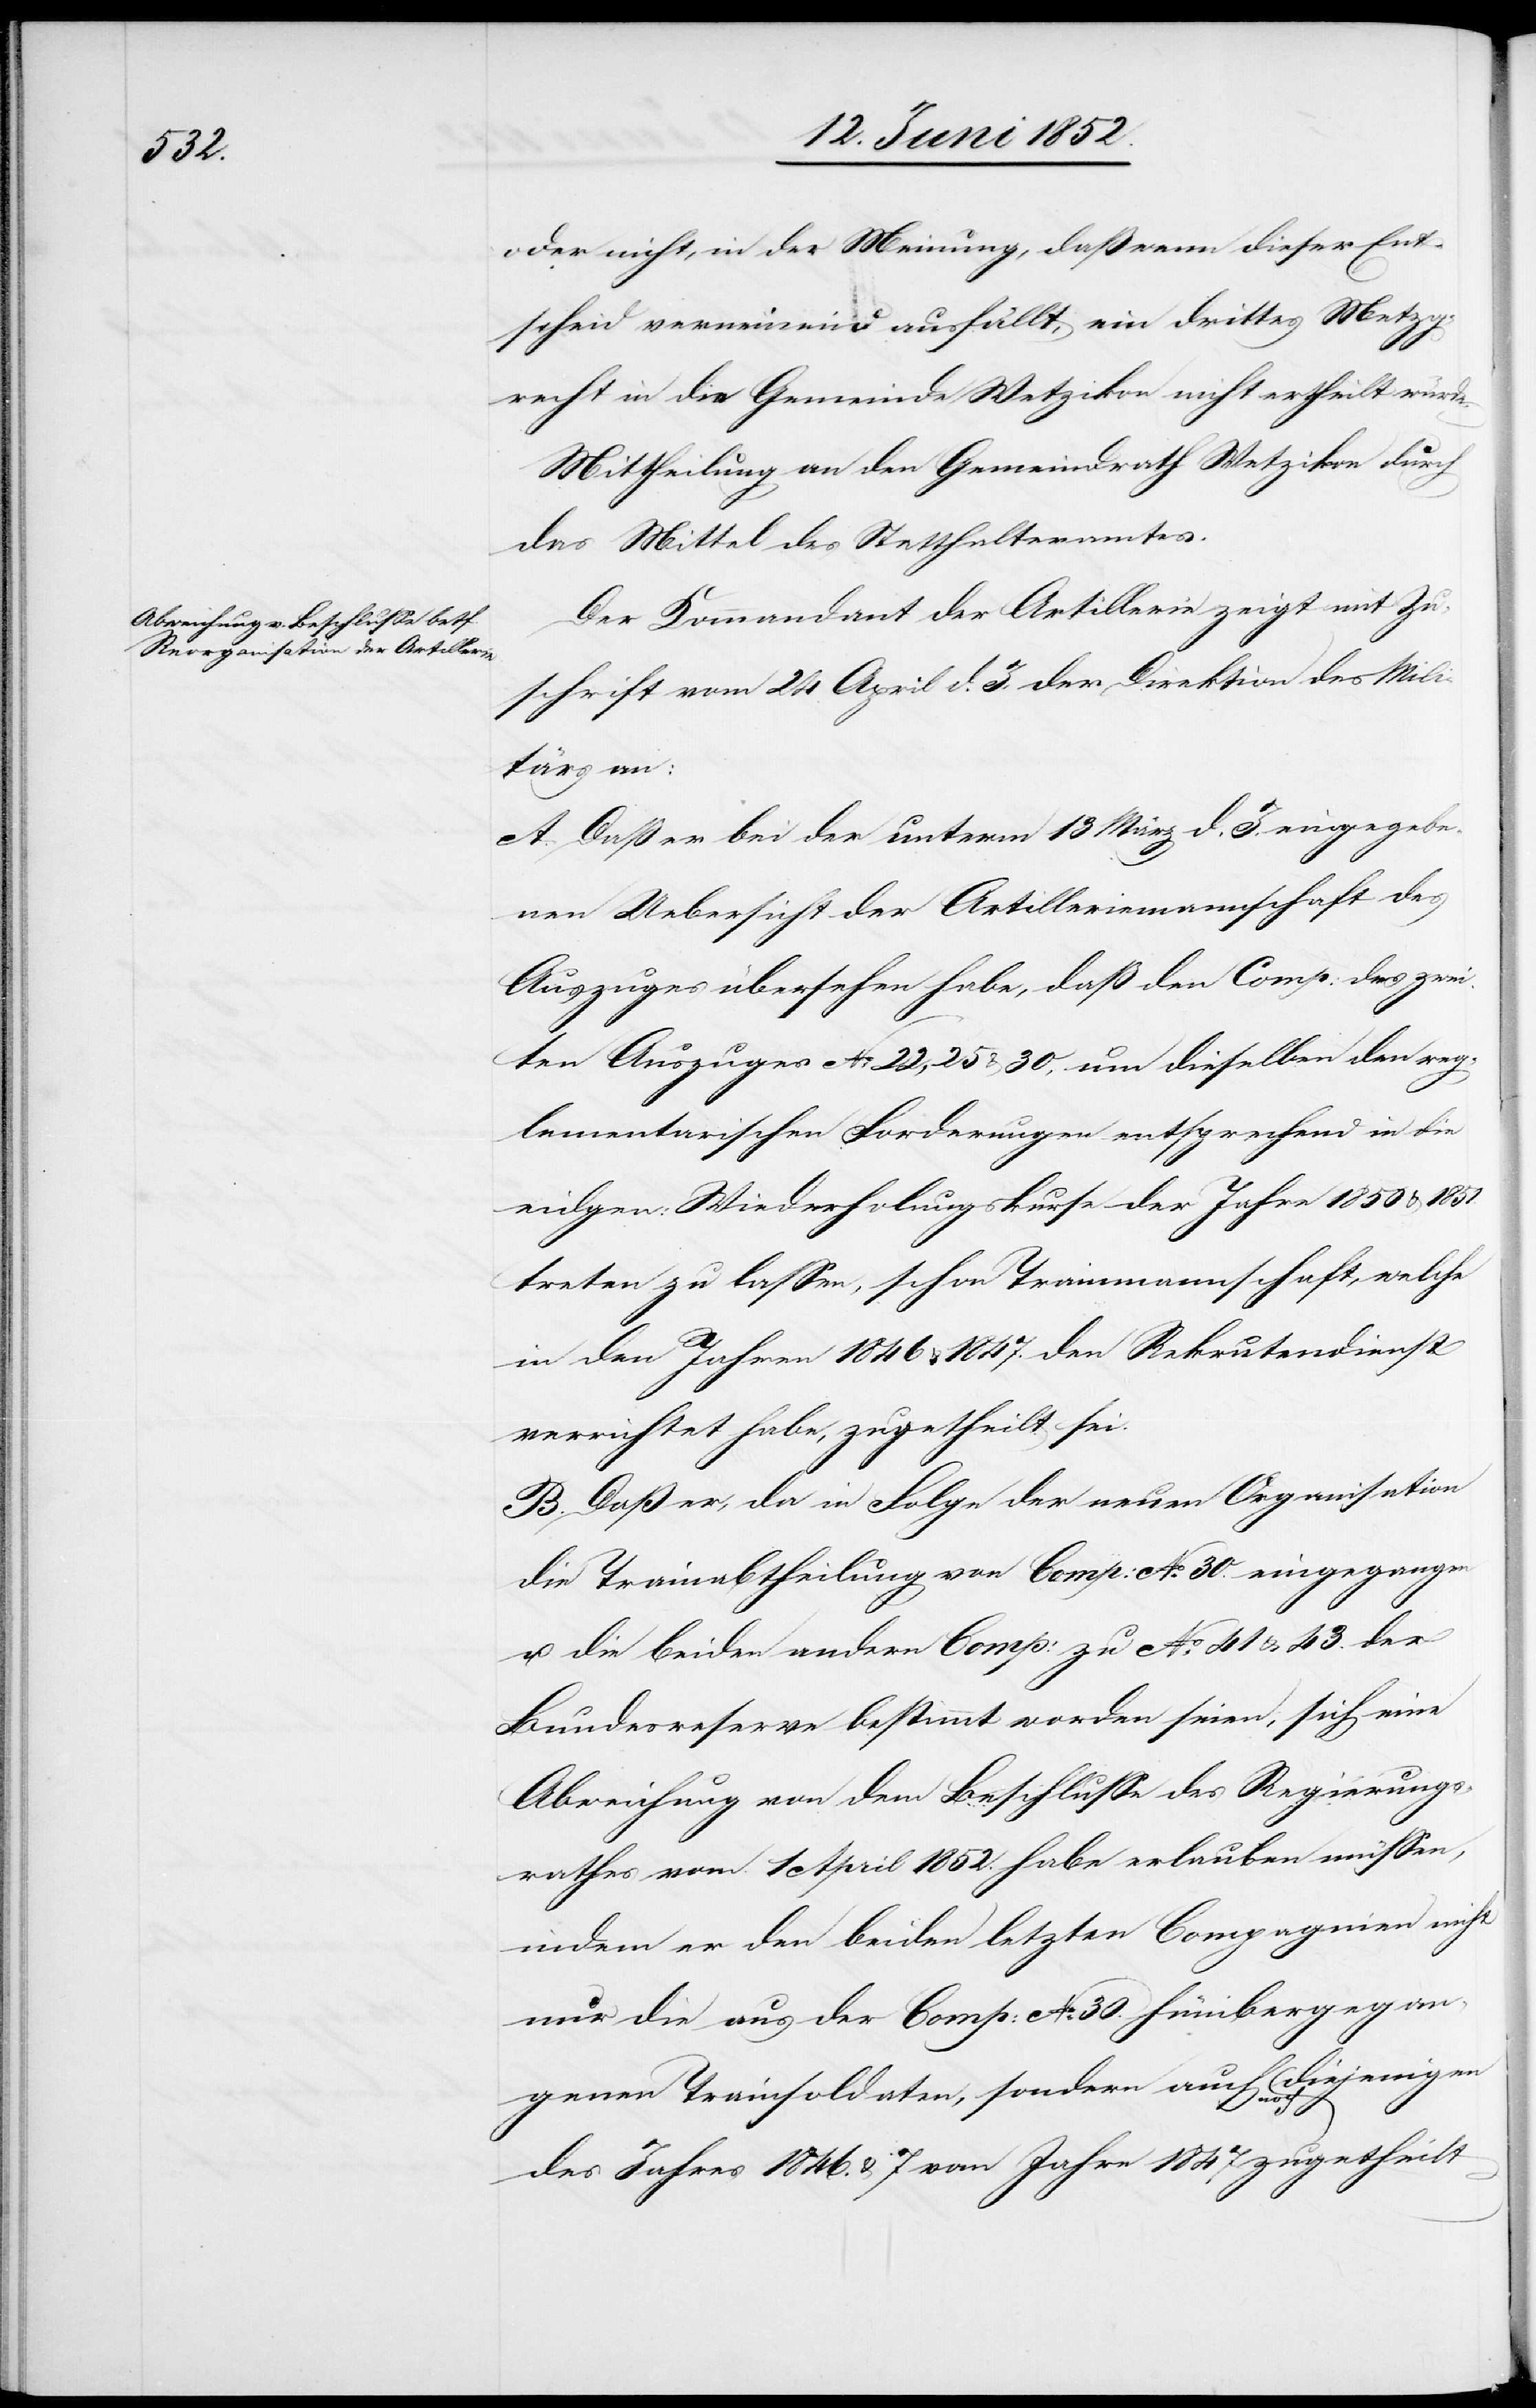
oder nicht, in der Meinung, daß wenn dieser Ent¬
scheid verneinend ausfällt, ein drittes Metzg¬
recht in die Gemeinde Wetzikon nicht ertheilt würde.
Mittheilung an den Gemeindrath Wetzikon durch
das Mittel des Statthalteramtes.
Der Kommandant der Artillerie zeigt mit Zu¬
schrift vom 24 April d. J. der Direktion des Mili¬
tärs an:
A. Daß er bei der unterm 13 März d. J. eingegebe¬
nen Uebersicht der Artilleriemannschaft des
Auszuges übersehen habe, daß den Comp: des zwei¬
ten Auszuges No. 22, 25 & 30, um dieselben den reg¬
lementarischen Forderungen entsprechend in die
eidgen: Wiederholungskurse der Jahre 1850 & 1851.
treten zu lassen, schon Trainmannschaft, welche
in den Jahren 1846 & 1847. den Rekrutendienst
verrichtet habe, zugetheilt sei.
B. Daß er, da in Folge der neuen Organisation
die Trainabtheilung von Comp: No. 30. eingegangen
u. die beiden andern Comp: zu No. 41 & 43. der
Bundesreserve bestimmt worden seien, sich eine
Abweichung von dem Beschlusse des Regierungs¬
rathes vom 1 April 1852. habe erlauben müssen,
indem er den beiden letzten Compagnien nicht
nur die aus der Comp: No. 30. hinübergegan¬
genen Trainsoldaten, sondern auch noch diejenigen
des Jahres 1846. & 7 vom Jahre 1847 zugetheilt